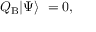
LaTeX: Q _ { \mathrm { B } } | \Psi \rangle \ = 0 ,